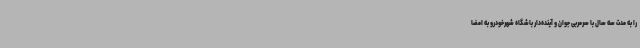
را به مدت سه سال با سرمربی جوان و آینده‌دار باشگاه شهرخودرو به امضا